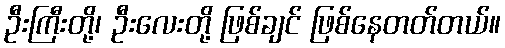
ဦးကြီးတို့၊ ဦးလေးတို့ ဖြစ်ချင် ဖြစ်နေတတ်တယ်။